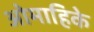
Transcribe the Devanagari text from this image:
ओमाहिके